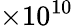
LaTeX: \times 10^{10}